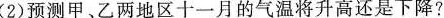
(2) 预测甲、乙两地区十一月的气温将升高还是下降?